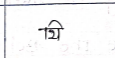
मजकूर: थि